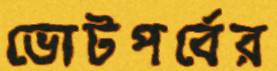
ভোটপর্বের